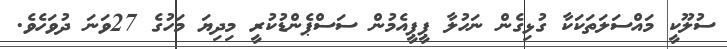
ސުލޫކީ މައްސަލަތަކަކާ ގުޅިގެން ނަހުލާ ޕީޕީއެމުން ސަސްޕެންޑުކުރީ މިދިޔަ މަހުގެ 27ވަނަ ދުވަހެވެ.